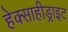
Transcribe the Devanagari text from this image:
हेक्साहीड्राइट